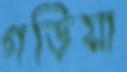
গড়িয়া